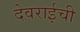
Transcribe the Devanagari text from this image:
देवराईची